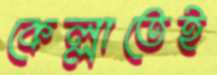
কেল্লাতেই